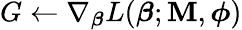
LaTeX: G\gets\nabla_{\boldsymbol{\beta}}L(\boldsymbol{\beta};\mathbf{M},\boldsymbol{\phi})